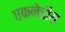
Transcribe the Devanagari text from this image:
एकनेत्रीय